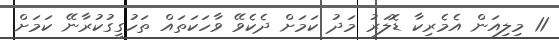
11 މިލިއަން އެމެރިކާ ޑޮލަރު މަދު ކަމަށް ދެކެވޭ ވާހަކަތައް ތަހުގީގުކުރާނޭ ކަމަށް